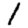
Digit: 1